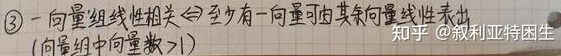
\textcircled{3} 一向量组线性相关 $\Leftrightarrow$ 至少有一向量可由其余向量线性表出（向量组中向量数 $> 1$）